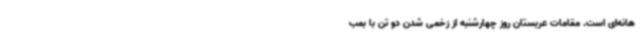
هانه‌ای است. مقامات عربستان روز چهارشنبه از زخمی شدن دو تن با بمب